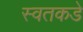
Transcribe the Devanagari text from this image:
स्वतकडे